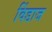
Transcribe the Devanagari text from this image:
विंडाज